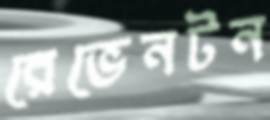
রেভেনটন